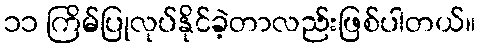
၁၁ ကြိမ်ပြုလုပ်နိုင်ခဲ့တာလည်းဖြစ်ပါတယ်။